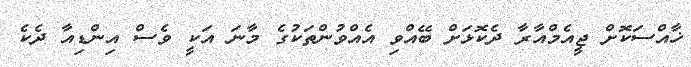
ޚާއްސަކޮށް ޖީއެމްއާރާ ދެކޮޅަށް ބޭއްވި އެއްވުންތަކުގެ މާނަ އަކީ ވެސް އިންޑިއާ ދެކެ